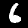
Digit: 6